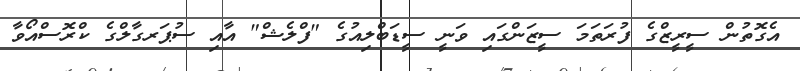
އެގޮތުން ސީރީޒްގެ ފުރަތަމަ ސީޒަންގައި ވަނީ ސީޑަބްލިއުގެ "ފްލެޝް" އާއި ސުޕަރގާލްގެ ކްރޮސްއޯވާ